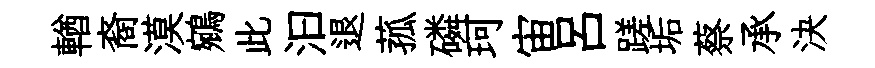
輶裔漠鵷此汩退菰磷珂宙呂蹉垢蔡承決